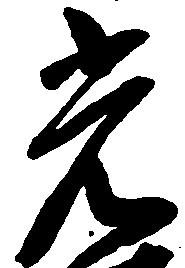
光